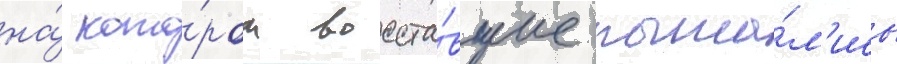
на́ кото́ром восста́вшие пыта́л'ись